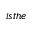
i s t h e